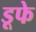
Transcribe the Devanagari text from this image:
डूफे